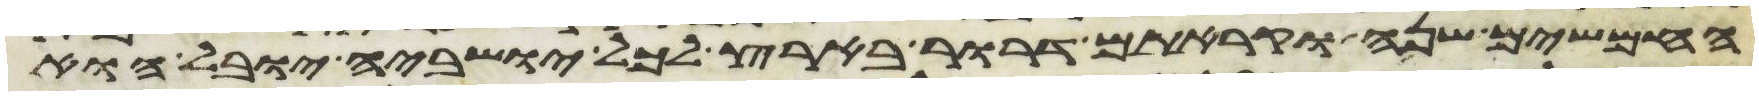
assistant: החמשים שנה וקראתם דרור בארץ לכל ישביה יובל הוא